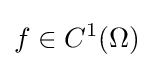
f\in C^{1}(\Omega )